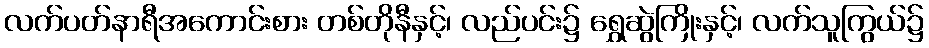
လက်ပတ်နာရီအကောင်းစား တစ်တိုနီနှင့်၊ လည်ပင်း၌ ရွှေဆွဲကြိုးနှင့်၊ လက်သူကြွယ်၌